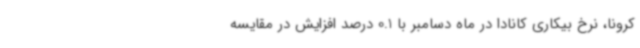
کرونا، نرخ بیکاری کانادا در ماه دسامبر با 0.1 درصد افزایش در مقایسه